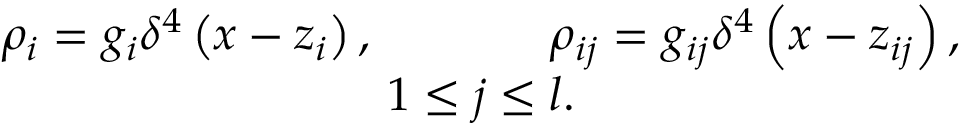
\begin{array} { c } { { \rho _ { i } = g _ { i } \delta ^ { 4 } \left( x - z _ { i } \right) , \, \, \, \, \, \, \, \, \, \, \, \, \, \, \, \, \, \, \, \, \, \, \rho _ { i j } = g _ { i j } \delta ^ { 4 } \left( x - z _ { i j } \right) , } } \\ { { 1 \leq j \leq l . } } \end{array}